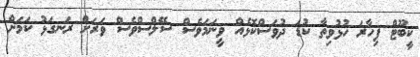
ކީބޫޓް ފިހާރަ ހުޅުވިތާ ކުޑަ ދުވަސްކޮޅެއް ވީނަމަވެސް ސޭލްސްވެސް ވަރަށް ރަނގަޅު ކަމަށް